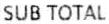
SUB TOTAL